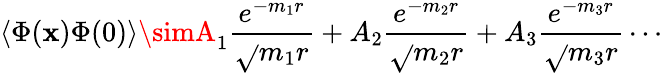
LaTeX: \langle\Phi(\mathbf{x})\Phi(0)\rangle\simA_{1}\frac{{e^{-m_{1}r}}}{{\sqrt{}{{m_{1}r}}}}+A_{2}\frac{{e^{-m_{2}r}}}{{\sqrt{}{{m_{2}r}}}}+A_{3}\frac{{e^{-m_{3}r}}}{{\sqrt{}{{m_{3}r}}}}\cdots